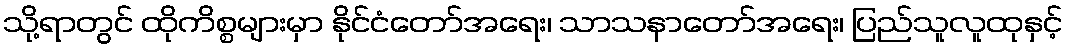
သို့ရာတွင် ထိုကိစ္စများမှာ နိုင်ငံတော်အရေး၊ သာသနာတော်အရေး၊ ပြည်သူလူထုနှင့်